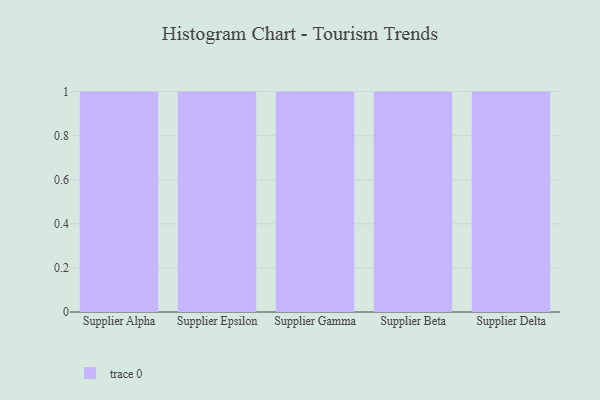
{"axis": {"x": "Supplier", "y": "Bounce Rate (%)"}, "legend": [""], "data": [{"x": "Supplier Alpha", "y": 78, "type": ""}, {"x": "Supplier Epsilon", "y": 9, "type": ""}, {"x": "Supplier Gamma", "y": 71, "type": ""}, {"x": "Supplier Beta", "y": 35, "type": ""}, {"x": "Supplier Delta", "y": 12, "type": ""}]}